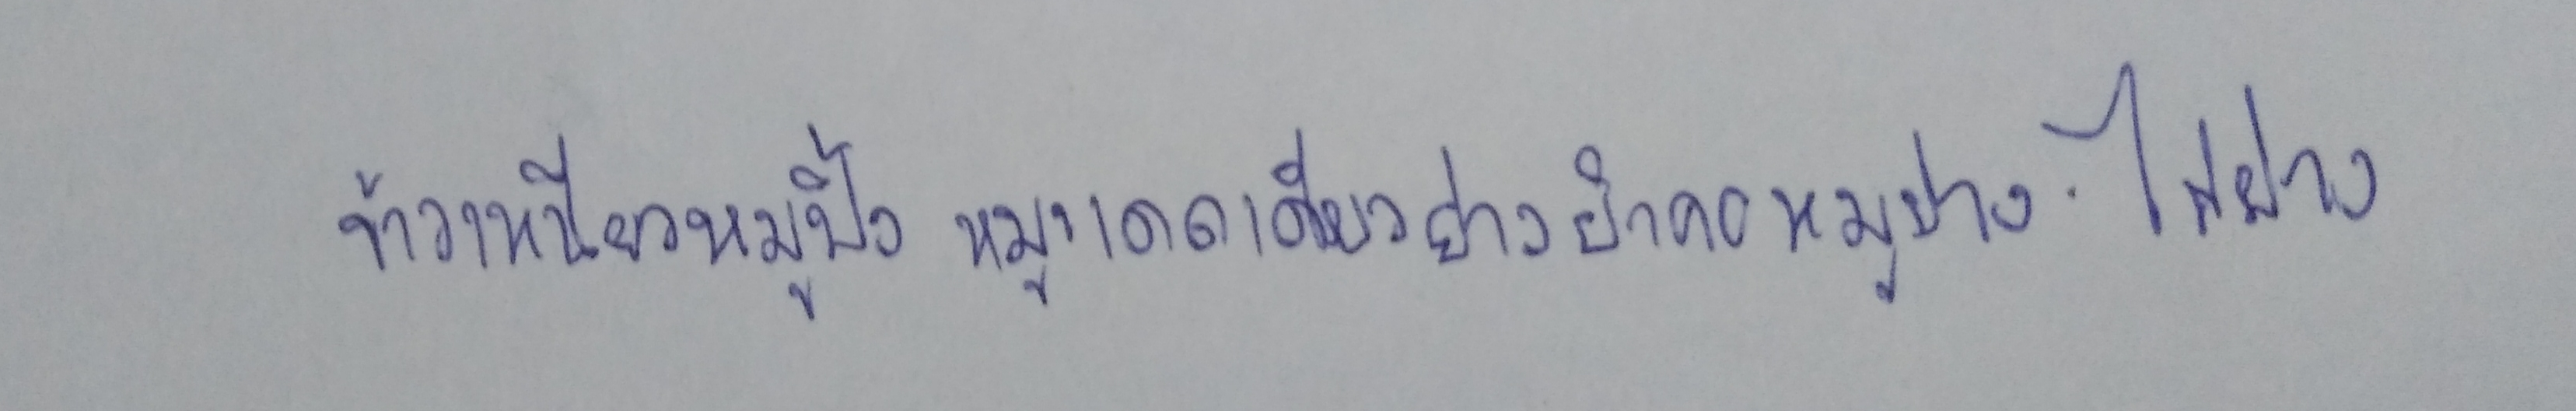
ข้าวเหนียวหมูปิ้ง หมูแดดเดียวย่าง ยําคอหมูย่าง ไก่ย่าง